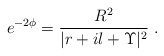
\begin{align*}e^{-2\phi} = \frac{R^2}{|r+il+\Upsilon|^2}\ .\end{align*}